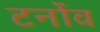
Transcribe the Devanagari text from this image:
टर्नोव